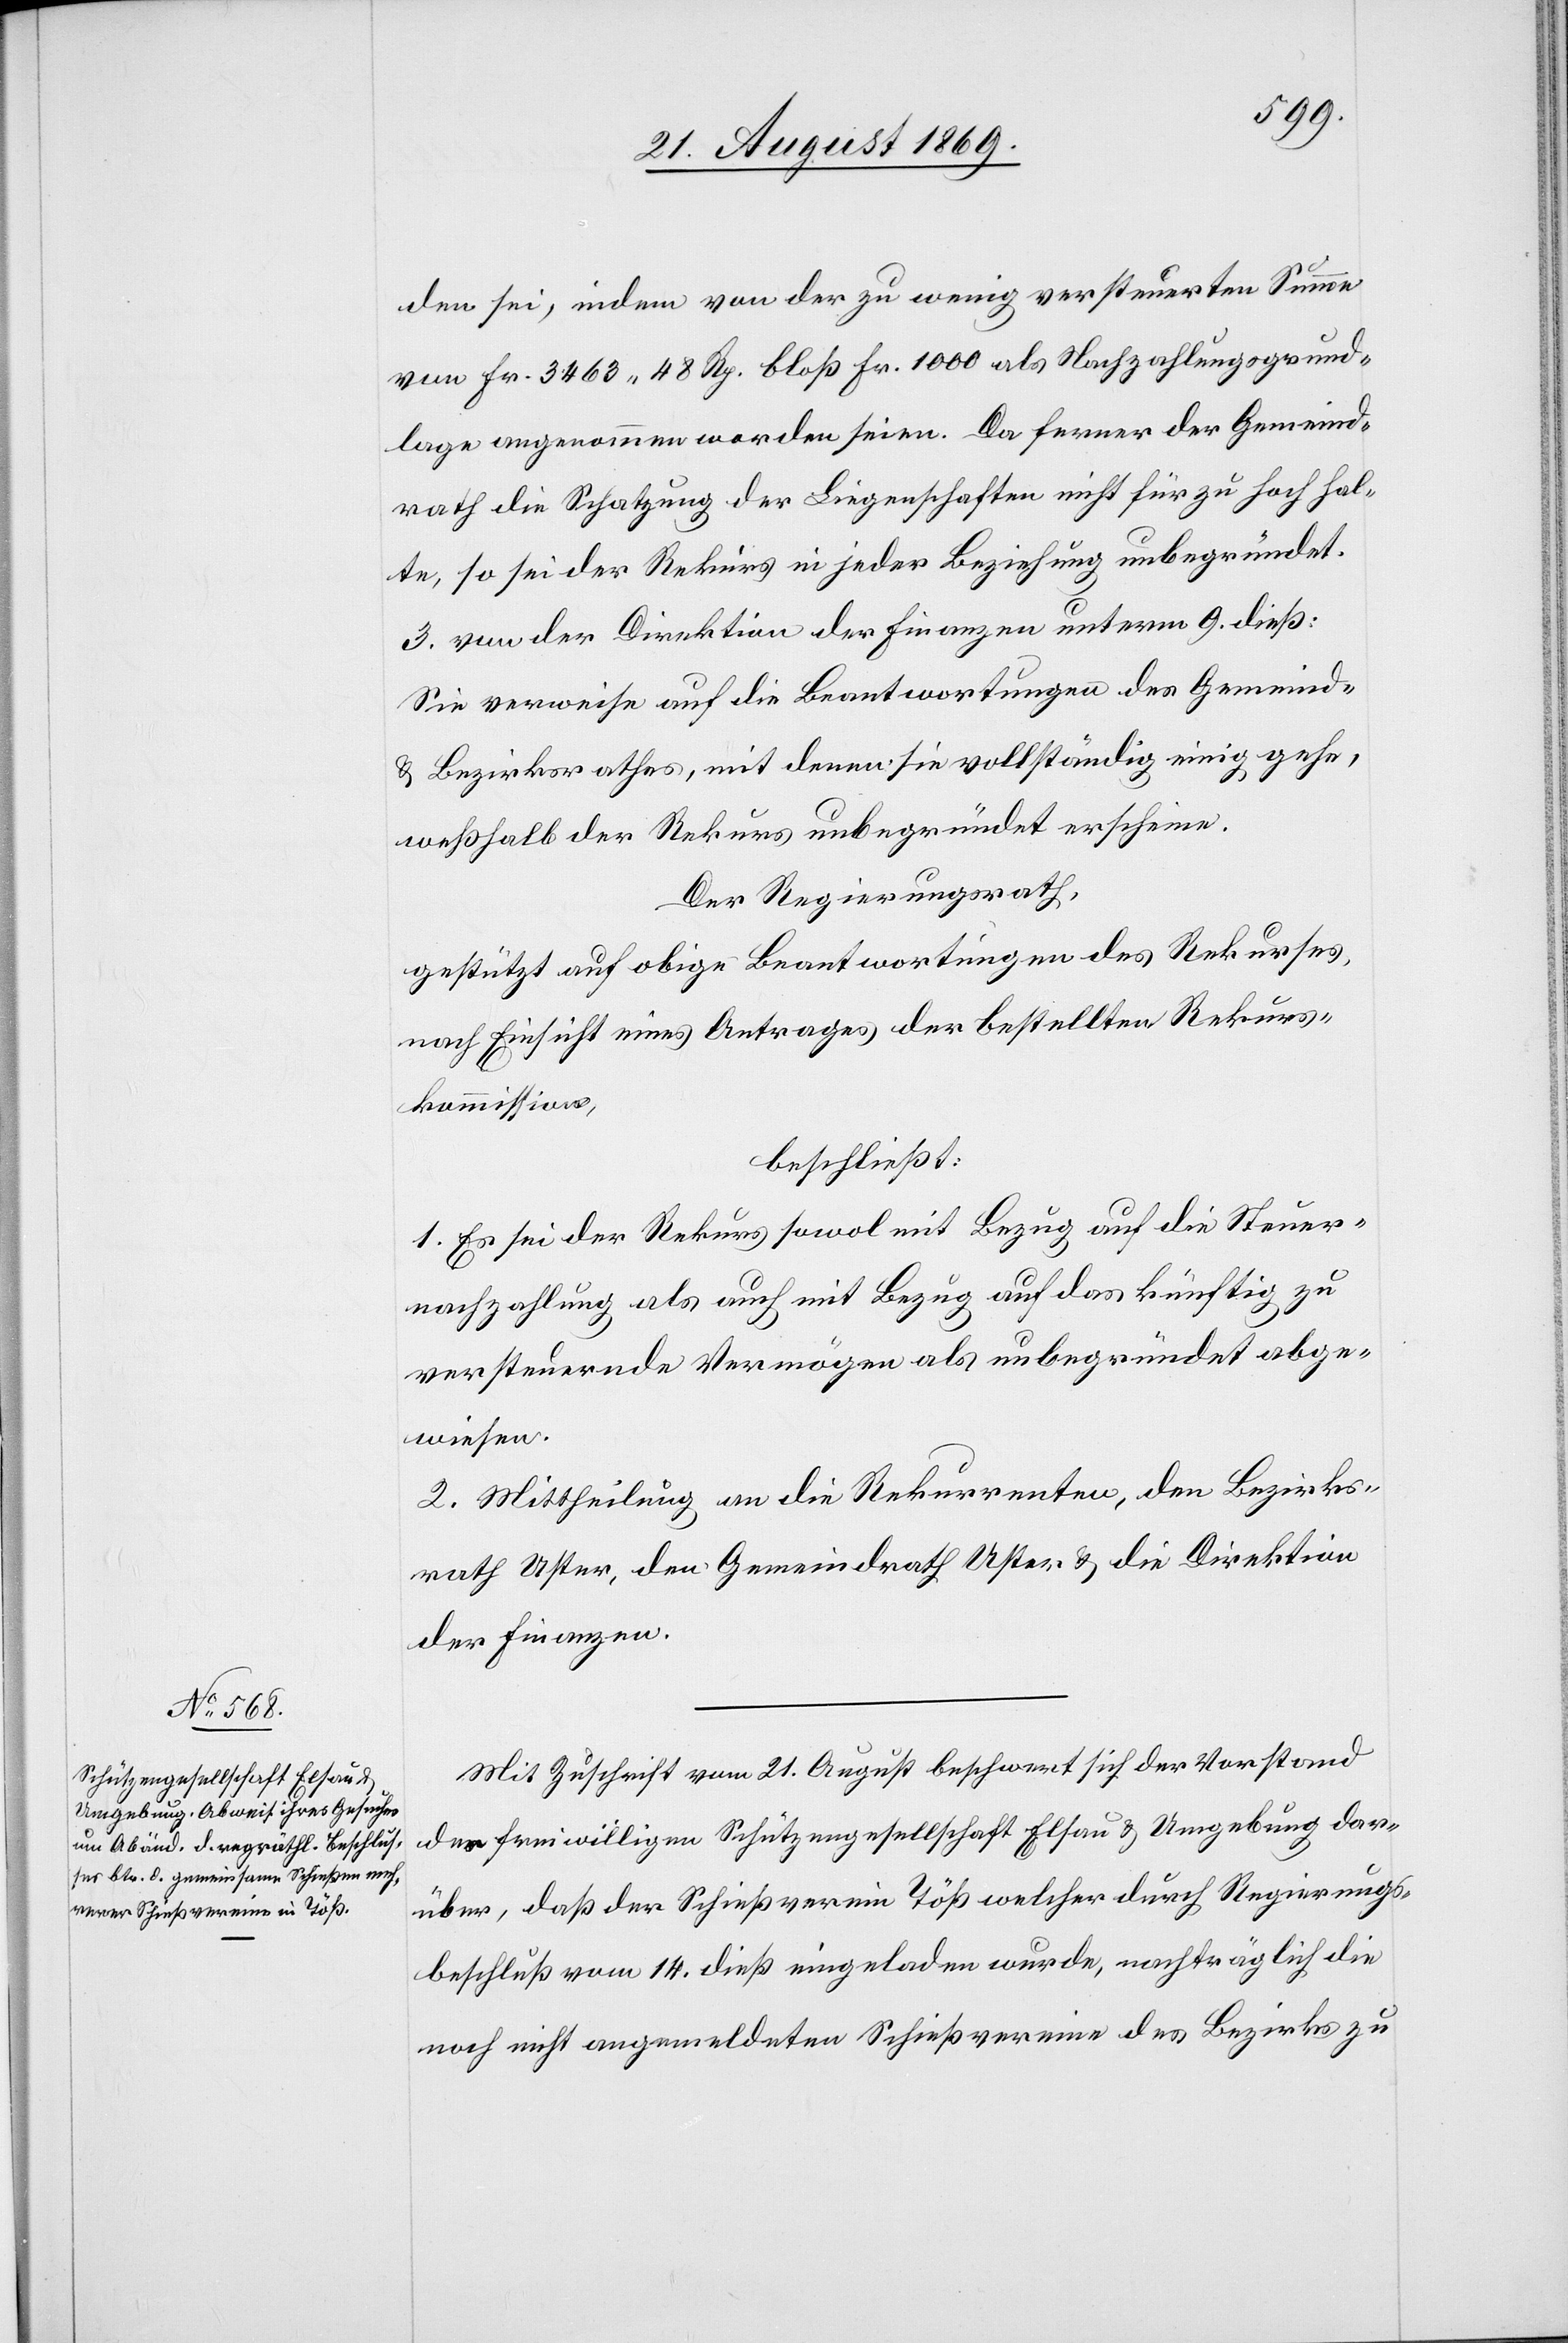
den sei, indem von der zu wenig versteuerten Summe
von Fr. 3463 48 Rp. bloß Fr. 1000 als Nachzahlungsgrund¬
lage angenommen worden seien. Da ferner der Gemeind¬
rath die Schatzung der Liegenschaften nicht für zu hoch hal¬
te, so sei der Rekurs in jeder Beziehung unbegründet.
3. von der Direktion der Finanzen unterm 9. dieß:
Sie verweise auf die Beantwortungen des Gemeind-
& Bezirksrathes, mit denen sie vollständig einig gehe,
weßhalb der Rekurs unbegründet erscheine.
Der Regierungsrath,
gestützt auf obige Beantwortungen des Rekurses,
nach Einsicht eines Antrages der bestellten Rekurs¬
kommission,
beschließt:
1. Es sei der Rekurs sowol mit Bezug auf die Steuer¬
nachzahlung als auch mit Bezug auf das künftig zu
versteuernde Vermögen als unbegründet abge¬
wiesen.
2. Mittheilung an die Rekurrenten, den Bezirks¬
rath Uster, den Gemeindrath Uster & die Direktion
der Finanzen.
Mit Zuschrift vom 21. August beschwert sich der Vorstand
der freiwilligen Schützengesellschaft Elsau & Umgebung dar¬
über, daß der Schießverein Töß welcher durch Regierungs¬
beschluß vom 14. dieß eingeladen wurde, nachträglich die
noch nicht angemeldeten Schießvereine des Bezirks zu